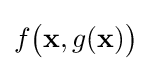
f{\big (}\mathbf {x} ,g(\mathbf {x} ){\big )}